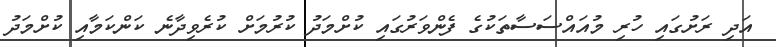
އަދި ރަށުގައި ހުރި މުއައްސަސާތަކުގެ ފެންވަރުގައި ކުށްމަދު ކުރުމަށް ކުރެވިދާނެ ކަންކަމާއި ކުށްމަދު